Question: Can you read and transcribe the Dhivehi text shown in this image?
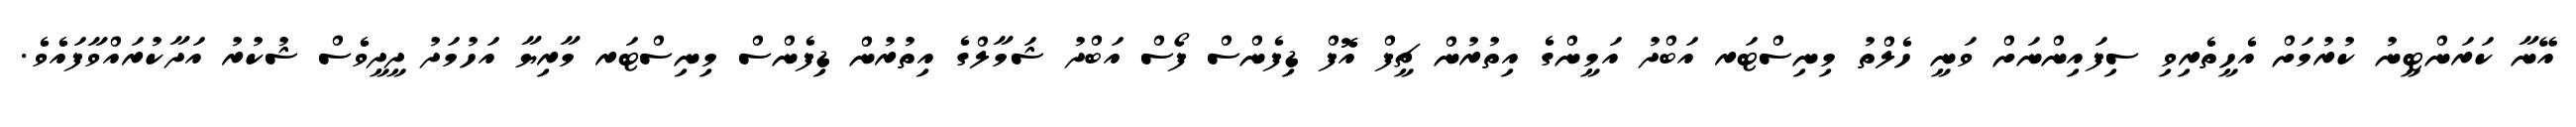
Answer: އޭނާ ކަރަންޓީނު ކުރުމަށް އެހީތެރިވި ސިފައިންނަށް ވަނީ ހެލްތު މިނިސްޓަރ އަބްދު އަމީންގެ އިތުރުން ޗީފް އޮޮފް ޑިފެންސް ފޯސް އަބްދު ޝަމާލްގެ އިތުރުން ޑިފެންސް މިނިސްޓަރ މާރިޔާ އަހުމަދު ދީދީވެސް ޝުކުރު އަދާކުރައްވާފައެވެ.